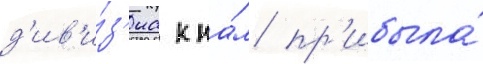
д'ив'и́з'иа к на́м пр'ибыла́